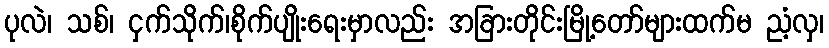
ပုလဲ၊ သစ်၊ ငှက်သိုက်၊စိုက်ပျိုးရေးမှာလည်း အခြားတိုင်းမြို့တော်များထက်မ ညံ့လှ၊